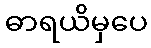
ဓာရယိမှပေ